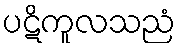
ပဋိကူလသညံ